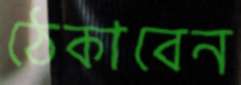
ঠেকাবেন